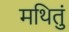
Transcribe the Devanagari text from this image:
मथितुं